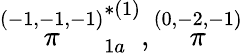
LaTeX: \stackrel{(-1,-1,-1)}{\pi}_{1a}^{*(1)},\stackrel{(0,-2,-1)}{\pi}